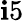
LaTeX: \mathbf{i}5